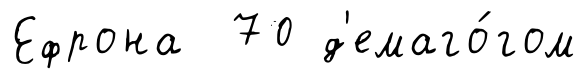
Ефрона 70 д'емаго́гом